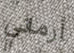
أرماني